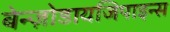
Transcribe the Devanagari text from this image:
बेन्ज़ोडायजिपाइन्स